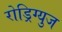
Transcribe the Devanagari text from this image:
रोड्रिग्युज